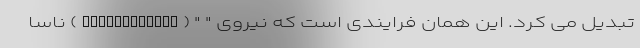
تبدیل می کرد. این همان فرایندی است که نیروی " " (Perseverance) ناسا